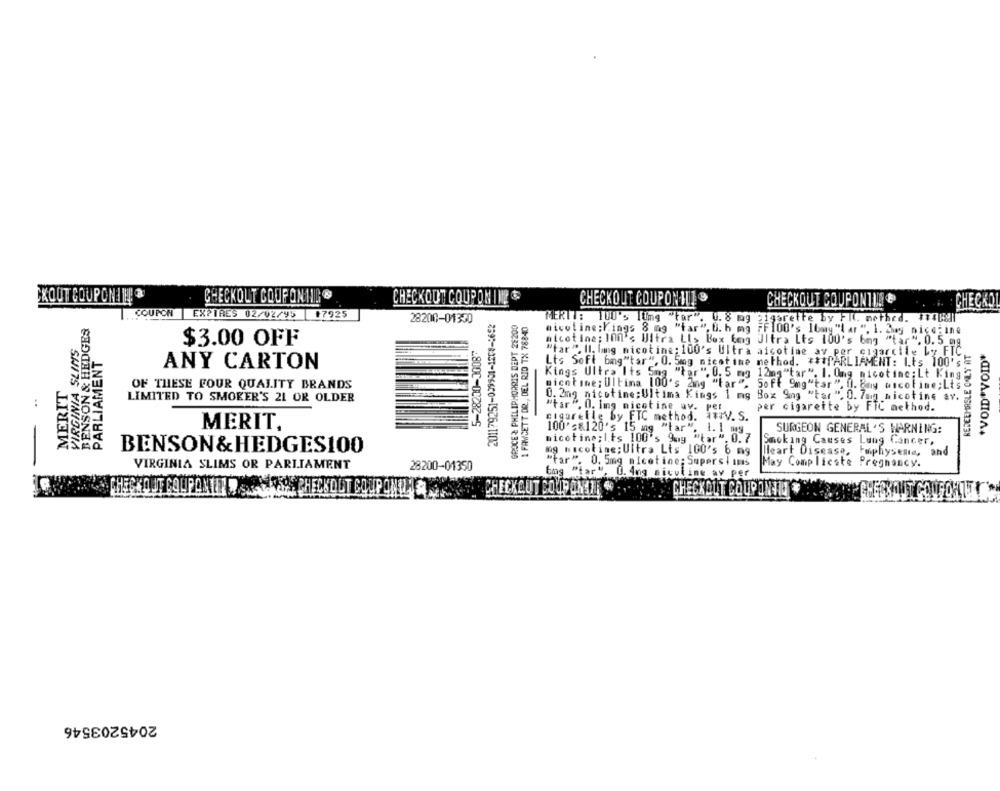
CXOUT COUPON! !!
CHECKOUT COUPONTIL ®
CHECKOUT COUPONINE
CHECKOUT COUPON II1 9
CHECKOUT COUPONTIN ®
CHECKO
COUPON
EXPIRES 02/02/95
17925
201179251-039901-1208-1692
BENSON & HEDGES
28200-01330
GROCE & PHILIPMORRIS DEPT 28200
1 FAWCETT DR ., DEL RID TX 78840
MERTT: 100's [Img "For". 0. 8 mg zigarette by Fl. mothed. ##4|8|
nicoline;Kings 8 mg "tar". U. h mg FF100's 16my"{ ar ". 1. 2my nicefine
VIRGINIA SLIMS
$3.00 OFF
5-28200-3008*
nicotine; I00's Uitra LI> Box tong Ultra Lts 100's bmg "tar ". 0.5 mg
REDEEMASLE ONLY AT
*VOID*VOID*
PARLIAMENT
"tar ". Il. lang nicotine: 100's Ultra aicotine av per cigarcile Ly FTC.
ANY CARTON
Lts Soft bmg"tar", 0. 5mog nicotine method. *** PARLIAMENT: Lts 100';
Kings Ultra Its Sma W
r". 0. 5 mg 12mg"tar". 1. Ong nicotine; Lt King.
MERIT
OF THESE FOUR QUALITY BRANDS
micotime: Ultima 100's 2ing "tar", Soff 9mg"tar ". l. Ray ascofine;Lts
..
0. 2mg nicotine; Ultima Kings 1 mg Box 9mg "tar ". O. Zug nicotine av.
LIMITED TO SMOKER'S 21 OR OLDER
"tar ". O. lmg nicotine av. per
per cigarette by FTC method.
cigaretle by FTC method. v. S.
MERIT,
100's&120's 15 mg "tar". 1. 1 mg
SURGEON GENERAL'S WARNING:
nicotine; Its 100's 9muy "tar". 0.7
Smoking Causes Lung Cancer,
BENSON &HEDGES100
mg nicotine; Ultra Lts 100's 6 mg
Heart Disease, Fmphysenie, and
VIRGINIA SLIMS OR PARLIAMENT
28200-01350
". 0. 5mg nicotine; Superslims
May Complicate Pregnancy.
bog "tar", 0. 4ng siculine av per
CHECKOUT COURANTE " ;. ; CHECKOUT COUPON*
CHECKOUT COUPONOLARAK
2045203546